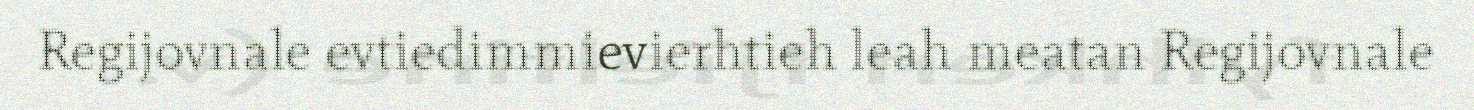
Regijovnale evtiedimmievierhtieh leah meatan Regijovnale